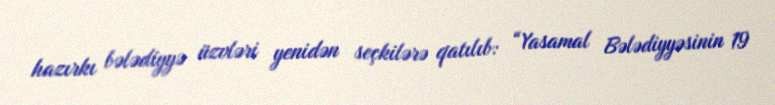
hazırkı bələdiyyə üzvləri yenidən seçkilərə qatılıb: “Yasamal Bələdiyyəsinin 19